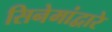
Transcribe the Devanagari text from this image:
सिनेमांद्वारे